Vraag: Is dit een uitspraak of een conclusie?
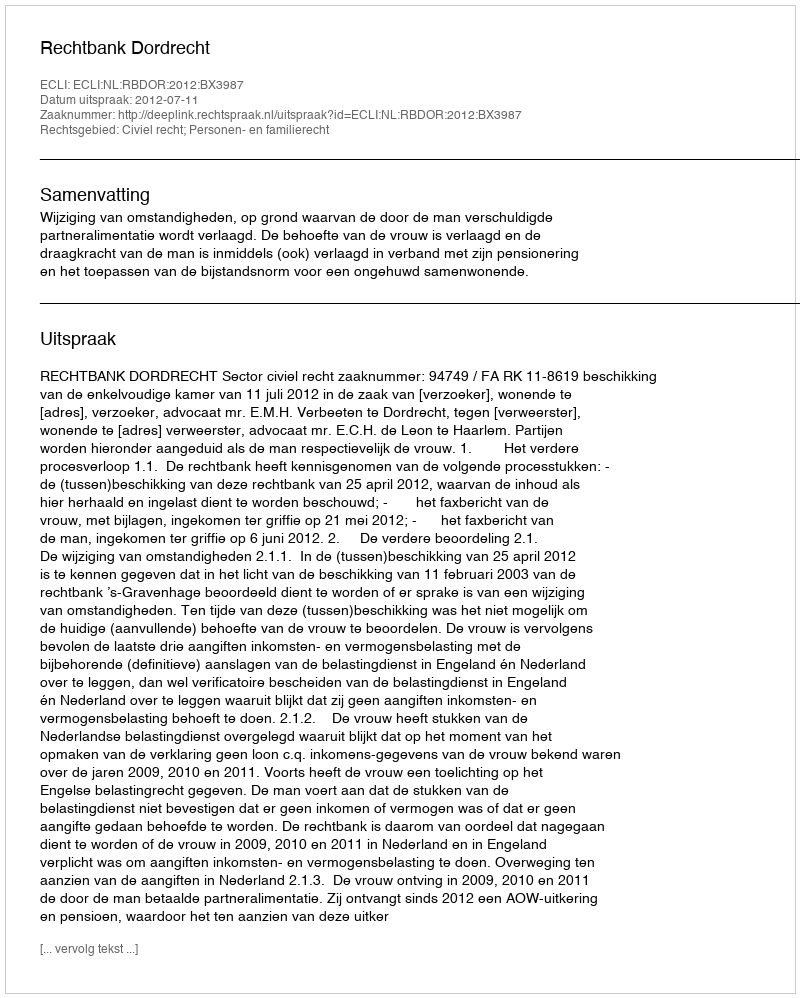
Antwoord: Uitspraak